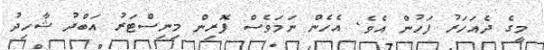
މީގެ ދެއަހަރު ފަހުން އެވެ. އެހެން ނަމަވެސް ފޮރިން މިނިސްޓަރު އަބްދު ޝާހިދު